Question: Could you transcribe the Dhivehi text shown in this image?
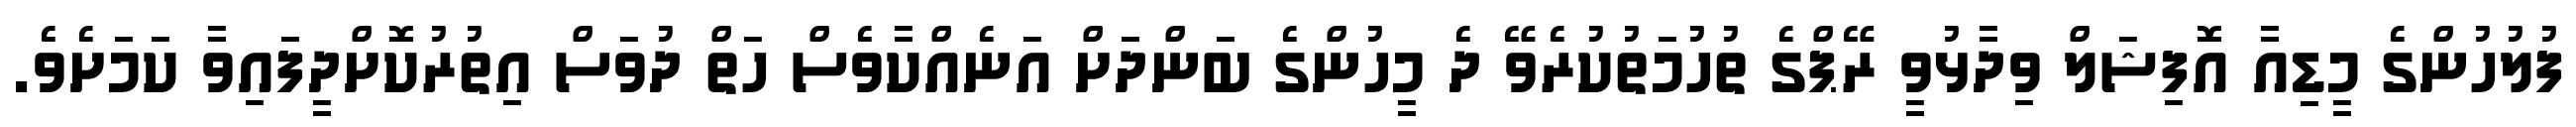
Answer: ފުލުހުންގެ މީޑިއާ އޮފިޝަލް ވިދާޅުވީ ރޭޕްގެ ތުހުމަތުކުރެވޭ ދެ މީހުންގެ ބަންދަށް އަނެއްކާވެސް ހަތް ދުވަސް އިތުރުކޮށްދީފައިވާ ކަމަށެވެ.